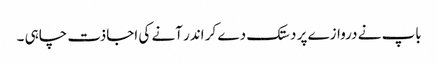
باپ نے دروازے پر دستک دے کر اندر آنے کی اجاذت چاہی ۔